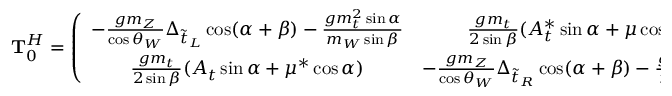
{ \bf T } _ { 0 } ^ { H } = \left( \begin{array} { c c } { { - \frac { g m _ { Z } } { \cos \theta _ { W } } \Delta _ { \tilde { t } _ { L } } \cos ( \alpha + \beta ) - \frac { g m _ { t } ^ { 2 } \sin \alpha } { m _ { W } \sin \beta } } } & { { \frac { g m _ { t } } { 2 \sin \beta } ( A _ { t } ^ { * } \sin \alpha + \mu \cos \alpha ) } } \\ { { \frac { g m _ { t } } { 2 \sin \beta } ( A _ { t } \sin \alpha + \mu ^ { * } \cos \alpha ) } } & { { - \frac { g m _ { Z } } { \cos \theta _ { W } } \Delta _ { \tilde { t } _ { R } } \cos ( \alpha + \beta ) - \frac { g m _ { t } ^ { 2 } \sin \alpha } { m _ { W } \sin \beta } } } \end{array} \right) ,